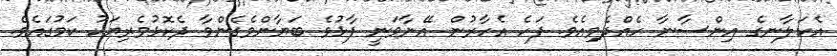
އެކަލާނގެ އިންސާނާ ހެއްދެވިއެވެ. ފަހެ އެހާރުން އޭނާވަނީ ފާޅުވެ ބަޔާންވެގެންވާ ދެކޮޅުވެރިޔަކު ކަމުގައެވެ.